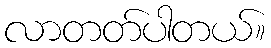
လာတတ်ပါတယ်။